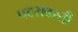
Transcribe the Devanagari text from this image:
पदरावरती